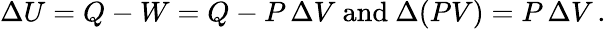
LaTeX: \Delta U=Q-W=Q-P\, \Delta V{\mathrm{~and~}}\Delta(PV)=P\, \Delta V\, .